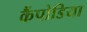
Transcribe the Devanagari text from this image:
कैंपोडिया